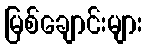
မြစ်ချောင်းများ